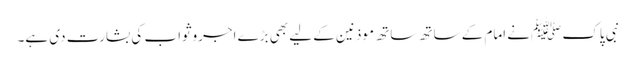
نبی پاک ﷺنے امام کے ساتھ ساتھ موذنین کے لیے بھی بڑے اجروثواب کی بشارت دی ہے۔